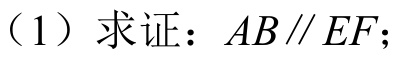
（1）求证：\(AB\parallel EF\)；